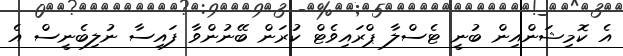
އެ ކޮމިޝަންއިން ބުނީ ޓެސްލާ ޕްރައިވެޓް ކުރަން ބޭނުންވާ ފައިސާ ނުލިބެނީސް އެ